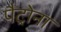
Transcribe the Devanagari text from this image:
पैट्रोना